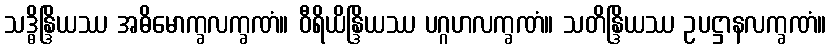
သဒ္ဓိန္ဒြိယဿ အဓိမောက္ခလက္ခဏံ။ ဝီရိယိန္ဒြိယဿ ပဂ္ဂဟလက္ခဏံ။ သတိန္ဒြိယဿ ဥပဋ္ဌာနလက္ခဏံ။